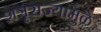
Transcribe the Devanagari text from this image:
शत्रूराज्यांमुळे